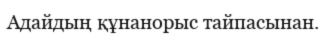
Адайдың құнанорыс тайпасынан.